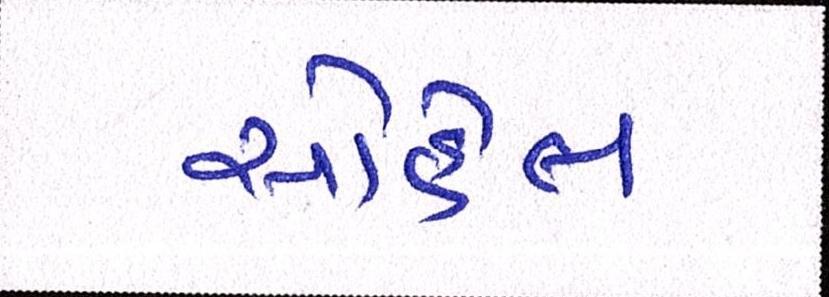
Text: સોહેલ